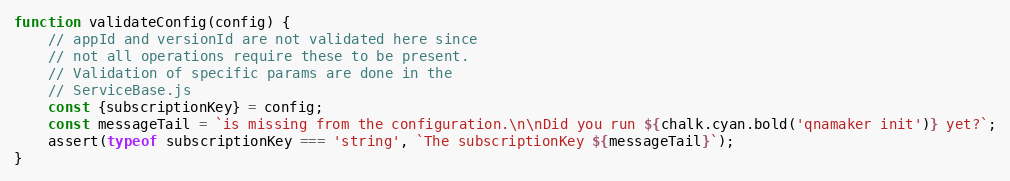
Language: JavaScript
function validateConfig(config) {
    // appId and versionId are not validated here since
    // not all operations require these to be present.
    // Validation of specific params are done in the
    // ServiceBase.js
    const {subscriptionKey} = config;
    const messageTail = `is missing from the configuration.\n\nDid you run ${chalk.cyan.bold('qnamaker init')} yet?`;
    assert(typeof subscriptionKey === 'string', `The subscriptionKey ${messageTail}`);
}